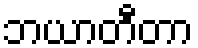
ဘယာတီတာ